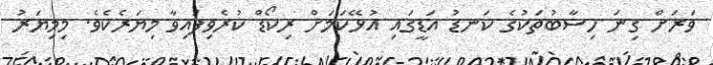
ވަރަށް ގިނަ ހިސާބުތަކުގެ ކަނޑު އަޑީގައި އުޅޭކަަަމަށް ރިކޯޑް ކުރެވިފައިވާ މިޔަރެކެވެ. މިމިޔަރު